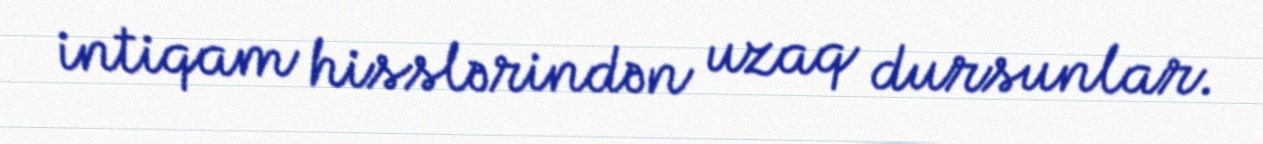
intiqam hisslərindən uzaq dursunlar.